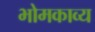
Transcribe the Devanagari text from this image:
भोमकाव्य